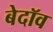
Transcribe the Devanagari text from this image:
बेदॉव